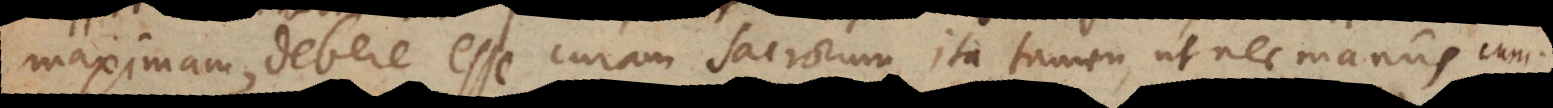
maximam, debere esse curam sacrorum, ita tamen, ut nec manus cum